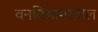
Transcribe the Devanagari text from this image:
वनविभागातील